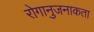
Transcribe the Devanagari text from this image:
रोगानुजनाकता